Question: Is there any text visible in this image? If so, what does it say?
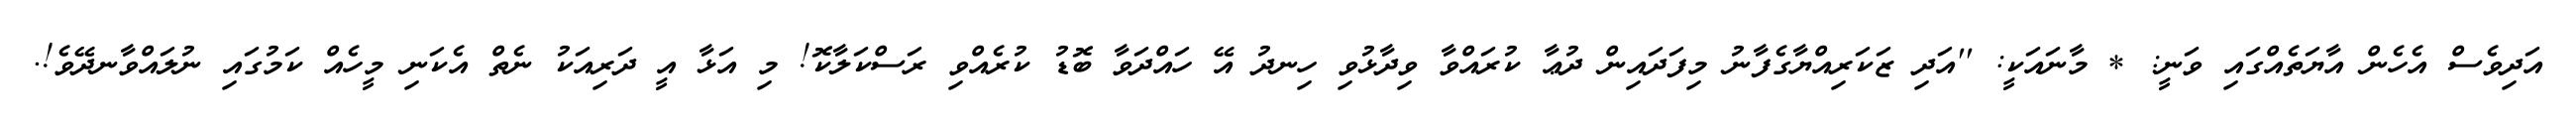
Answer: އަދިވެސް އެހެން އާޔަތެއްގައި ވަނީ: * މާނައަކީ: ''އަދި ޒަކަރިއްޔާގެފާނު މިފަދައިން ދުޢާ ކުރައްވާ ވިދާޅުވި ހިނދު އޭ ހައްދަވާ ބޮޑު ކުރެއްވި ރަސްކަލާކޮ! މި އަޅާ އީ ދަރިއަކު ނެތް އެކަނި މީހެއް ކަމުގައި ނުލައްވާނދޭވެ!.